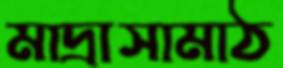
মাদ্রাসামাঠ